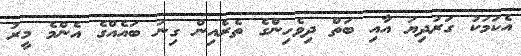
އެކަމަކު ގަރުދިޔަ އާއި ބަތް ދިވެހިންގެ ތެރެއިން ގިނަ ބައެއްގެ އެންމެ މީރު